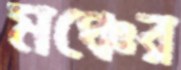
মঞ্চের